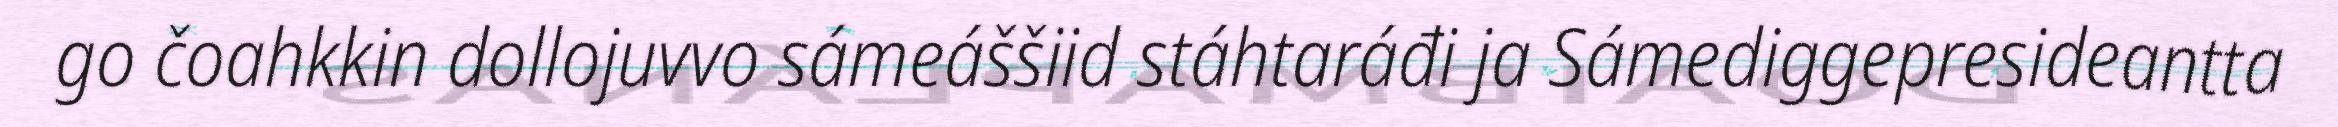
go čoahkkin dollojuvvo sámeáššiid stáhtaráđi ja Sámediggepresideantta